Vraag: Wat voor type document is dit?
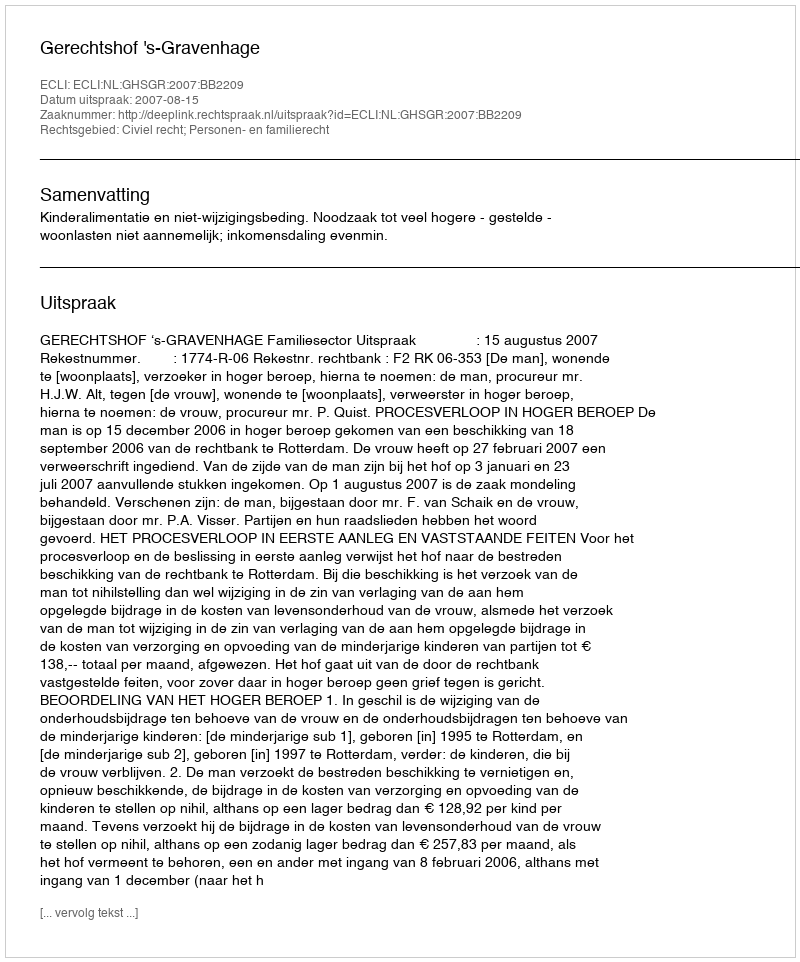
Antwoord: Uitspraak